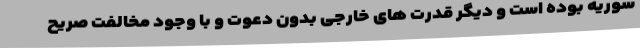
سوریه بوده است و دیگر قدرت های خارجی بدون دعوت و با وجود مخالفت صریح